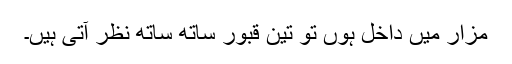
مزار میں داخل ہوں تو تین قبور ساتھ ساتھ نظر آتی ہیں۔